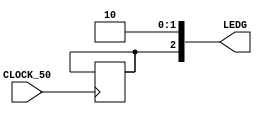
module piscar_led_visivel (
    input CLOCK_50,
    output [2:0]LEDG
  );

  reg [28:0] contador = 0;
  reg status = 0;
	
  assign LEDG[0] = 0;
  assign LEDG[1] = 1;
  assign LEDG[2] = status;

  always @ (posedge CLOCK_50)
    begin
      if(contador == 5000000000)
		begin
			contador = 0;
				status <= ~status;
		end
		else
		begin
			contador <= contador + 1;
		end
    end
endmodule